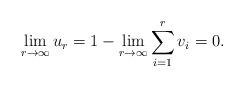
LaTeX: \begin{align*} \lim_{r\rightarrow \infty} u_r = 1 - \lim_{r\rightarrow \infty} \sum_{i=1}^r v_i=0.\end{align*}